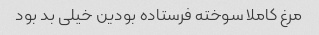
مرغ کاملا سوخته فرستاده بودین خیلی بد بود